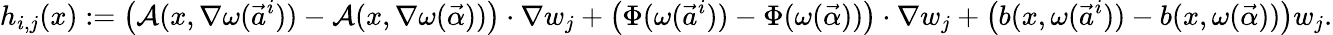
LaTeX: h_{i,j}(x):=\big({\mathcal{A}}(x,\nabla\omega(\vec{a}^{i}))-{\mathcal{A}}(x,\nabla\omega(\vec{\alpha}))\big)\cdot\nabla w_{j}+\big(\Phi(\omega(\vec{a}^{i}))-\Phi(\omega(\vec{\alpha}))\big)\cdot\nabla w_{j}+\big(b(x,\omega(\vec{a}^{i}))-b(x,\omega(\vec{\alpha}))\big)w_{j}.